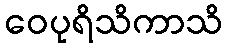
ဝေပုရိသိကာသိ